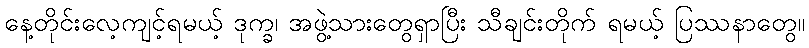
နေ့တိုင်းလေ့ကျင့်ရမယ့် ဒုက္ခ၊ အဖွဲ့သားတွေရှာပြီး သီချင်းတိုက် ရမယ့် ပြဿနာတွေ။